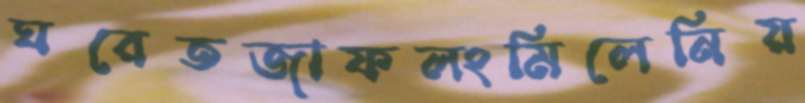
ঘরেতজাফলংমিলেনিয়